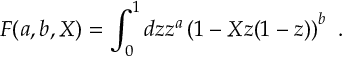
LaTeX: F ( a , b , X ) = \int _ { 0 } ^ { 1 } d z z ^ { a } \left( 1 - X z ( 1 - z ) \right) ^ { b } ~ .